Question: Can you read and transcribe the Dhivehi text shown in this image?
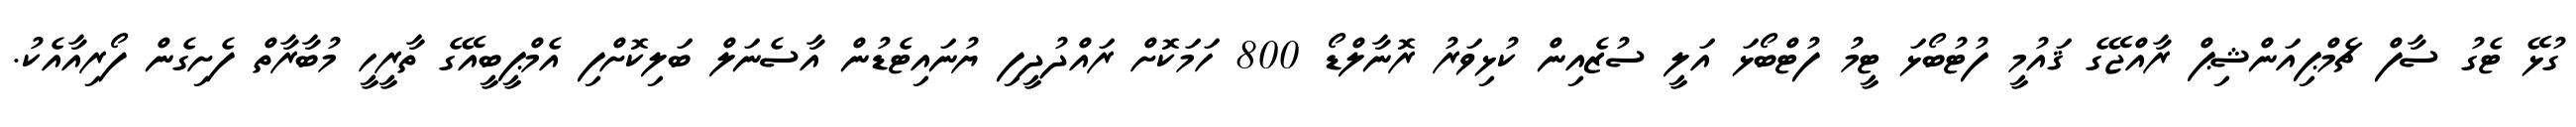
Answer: ގުޅޭ ޓެގު ސާފް ޗެމްޕިއަންޝިޕް ރާއްޖޭގެ ޤައުމީ ފުޓުބޯޅަ ޓީމު ފުޓްބޯޅަ އަލީ ސުޒެއިން ކުޅިވަރު ރޮނާލްޑޯ 800 ހަމަކޮށް ރައްދުދީފި ޔުނައިޓެޑުން އާސެނަލް ބަލިކޮށްފި އެމްޕީބީއޭގެ ތާރީހީ މުބާރާތް ފެށިގެން ފޯރިއާއެކު.